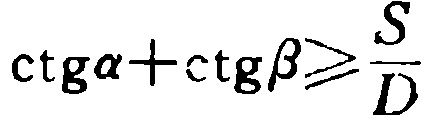
\(\ctg\alpha+\ctg\beta\geqslant\frac{S}{D}\)